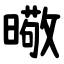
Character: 曔